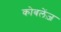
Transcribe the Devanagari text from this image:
कोबलेंज़